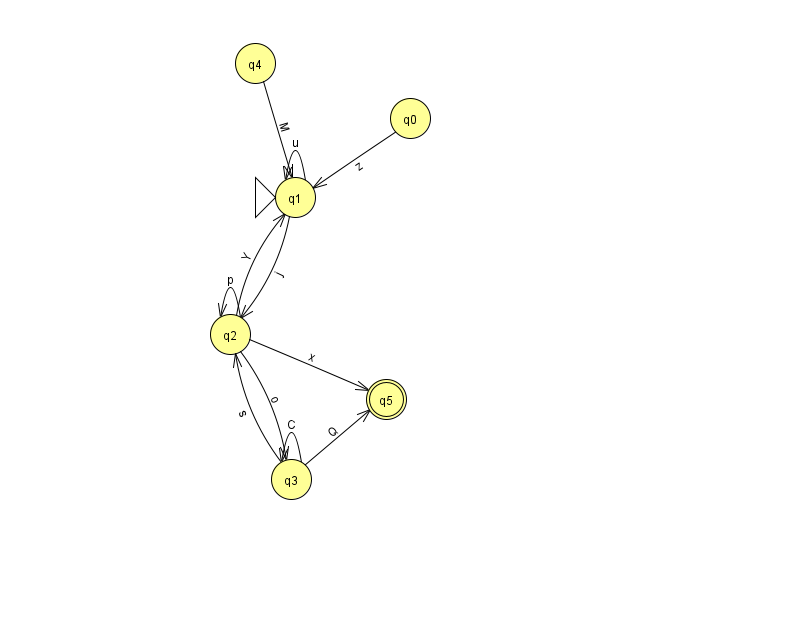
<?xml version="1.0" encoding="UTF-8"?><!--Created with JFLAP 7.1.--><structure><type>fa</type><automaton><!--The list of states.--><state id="0" name="q0"><x>410.0</x><y>105.0</y></state><state id="1" name="q1"><x>295.0</x><y>184.0</y><initial/></state><state id="2" name="q2"><x>230.0</x><y>321.0</y></state><state id="3" name="q3"><x>291.0</x><y>466.0</y></state><state id="4" name="q4"><x>255.0</x><y>50.0</y></state><state id="5" name="q5"><x>386.0</x><y>386.0</y><final/></state><!--The list of transitions.--><transition><from>2</from><to>2</to><read>p</read></transition><transition><from>3</from><to>5</to><read>Q</read></transition><transition><from>1</from><to>2</to><read>j</read></transition><transition><from>2</from><to>3</to><read>o</read></transition><transition><from>2</from><to>1</to><read>Y</read></transition><transition><from>3</from><to>3</to><read>C</read></transition><transition><from>1</from><to>1</to><read>u</read></transition><transition><from>2</from><to>5</to><read>x</read></transition><transition><from>0</from><to>1</to><read>z</read></transition><transition><from>3</from><to>2</to><read>s</read></transition><transition><from>4</from><to>1</to><read>M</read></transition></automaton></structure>